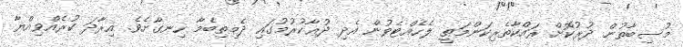
މުސިބާތުން ދުރުކޮށް ރައްކާތެރިކަންމަތީ ލެހެއްޓެވުން އެދި ދުޢާކުރުމުގައި ދެމިތިބެމާ ހިނގާށެވެ. އިރާދަ ކުރެއްވިއްޔާ